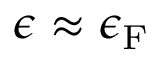
\epsilon \approx \epsilon _ { \mathrm { { F } } }